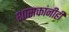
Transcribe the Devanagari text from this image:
शासकांनीही